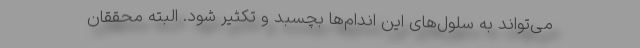
می‌تواند به سلول‌های این اندام‌ها بچسبد و تکثیر شود. البته محققان